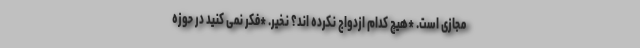
مجازی است. *هیچ کدام ازدواج نکرده اند؟ نخیر. *فکر نمی کنید در حوزه